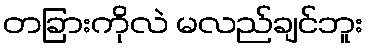
တခြားကိုလဲ မလည်ချင်ဘူး